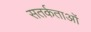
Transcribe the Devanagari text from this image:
सतर्कताओं